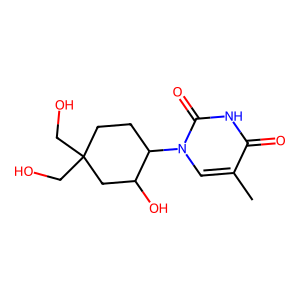
SMILES: Cc1cn(C2CCC(CO)(CO)CC2O)c(=O)[nH]c1=O
Inhibits HIV replication: No